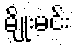
မျိုးမင်း